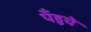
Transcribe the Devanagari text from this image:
पँहुचे